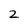
Character: 2